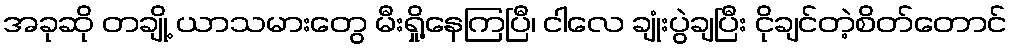
အခုဆို တချို့ ယာသမားတွေ မီးရှို့နေကြပြီ၊ ငါလေ ချုံးပွဲချပြီး ငိုချင်တဲ့စိတ်တောင်